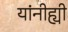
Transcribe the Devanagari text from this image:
यांनीह्यी